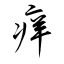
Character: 痒